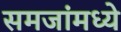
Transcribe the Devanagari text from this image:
समजांमध्ये